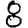
Digit: 8